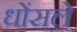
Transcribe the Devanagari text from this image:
धोंसले